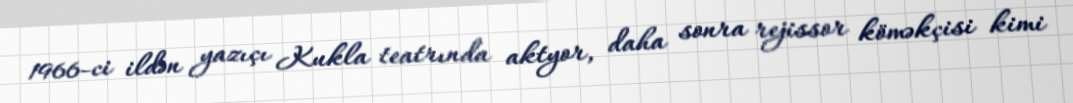
1966-ci ildən yazıçı Kukla teatrında aktyor, daha sonra rejissor köməkçisi kimi